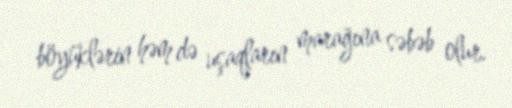
böyüklərin həm də uşaqların marağına səbəb olur.